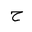
Letter: _ha